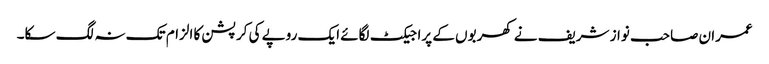
عمران صاحب نواز شریف نے کھربوں کے پراجیکٹ لگائے ایک روپے کی کرپشن کا الزام تک نہ لگ سکا۔